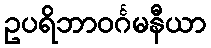
ဥပရိဘာဝင်္ဂမနီယာ